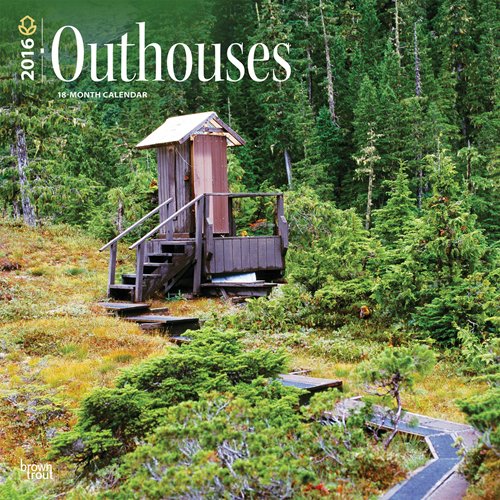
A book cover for Outhouses 2016 Square 12x12; Browntrout Publishers; Calendars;